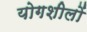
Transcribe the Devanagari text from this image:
योगशीलों